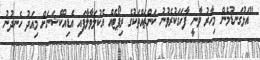
"އަޅުގަނޑުމެން މިހާރު ވާނީ ފާހަގަކުރެވުނު ކަންތައްތަކުގެ ރިޕޯޓެއް އެކުލަވާލާފައި އެޑިއުކޭޝަނަށް މިއަދު ހެނދުނު